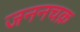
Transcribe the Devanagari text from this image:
जननचक्र